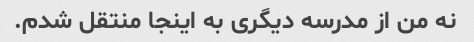
نه من از مدرسه دیگری به اینجا منتقل شدم.